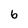
Character: 6